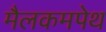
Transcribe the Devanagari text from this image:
मैलकमपेथ